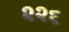
૨૨૬